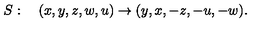
S : \quad ( x , y , z , w , u ) \to ( y , x , - z , - u , - w ) .